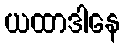
ယထာဒါနေ